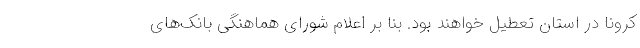
کرونا در استان تعطیل خواهند بود. بنا بر اعلام شورای هماهنگی بانک‌های